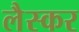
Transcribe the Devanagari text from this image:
लैस्कर